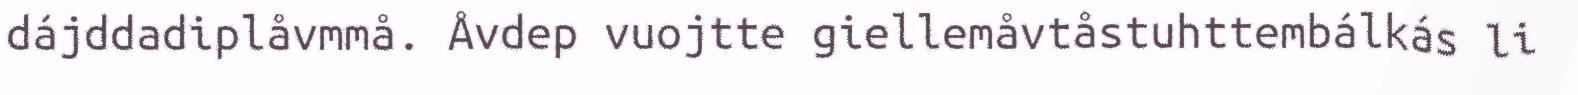
dájddadiplåvmmå. Åvdep vuojtte giellemåvtåstuhttembálkás li